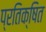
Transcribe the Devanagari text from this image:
प्रतिक्षित